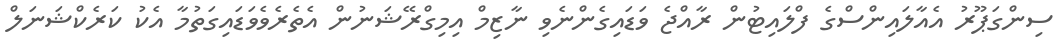
ސިންގަޕޫރު އެއާލައިންސްގެ ފްލައިޓުން ރާއްޖެ ވަޑައިގެންނެވި ނާޒިމް އިމިގްރޭޝަނުން އެތެރެވެވަޑައިގަތުމާ އެކު ކަރެކްޝަނަލް